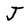
Character: J